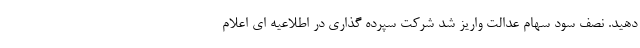
دهید. نصف سود سهام عدالت واریز شد شرکت سپرده گذاری در اطلاعیه ای اعلام